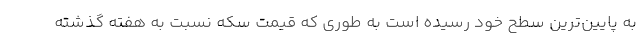
به پایین‌ترین سطح خود رسیده است به طوری که قیمت سکه نسبت به هفته گذشته